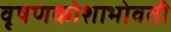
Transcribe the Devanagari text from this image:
वृषणकोशाभोवती